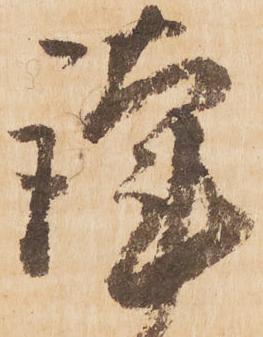
謹